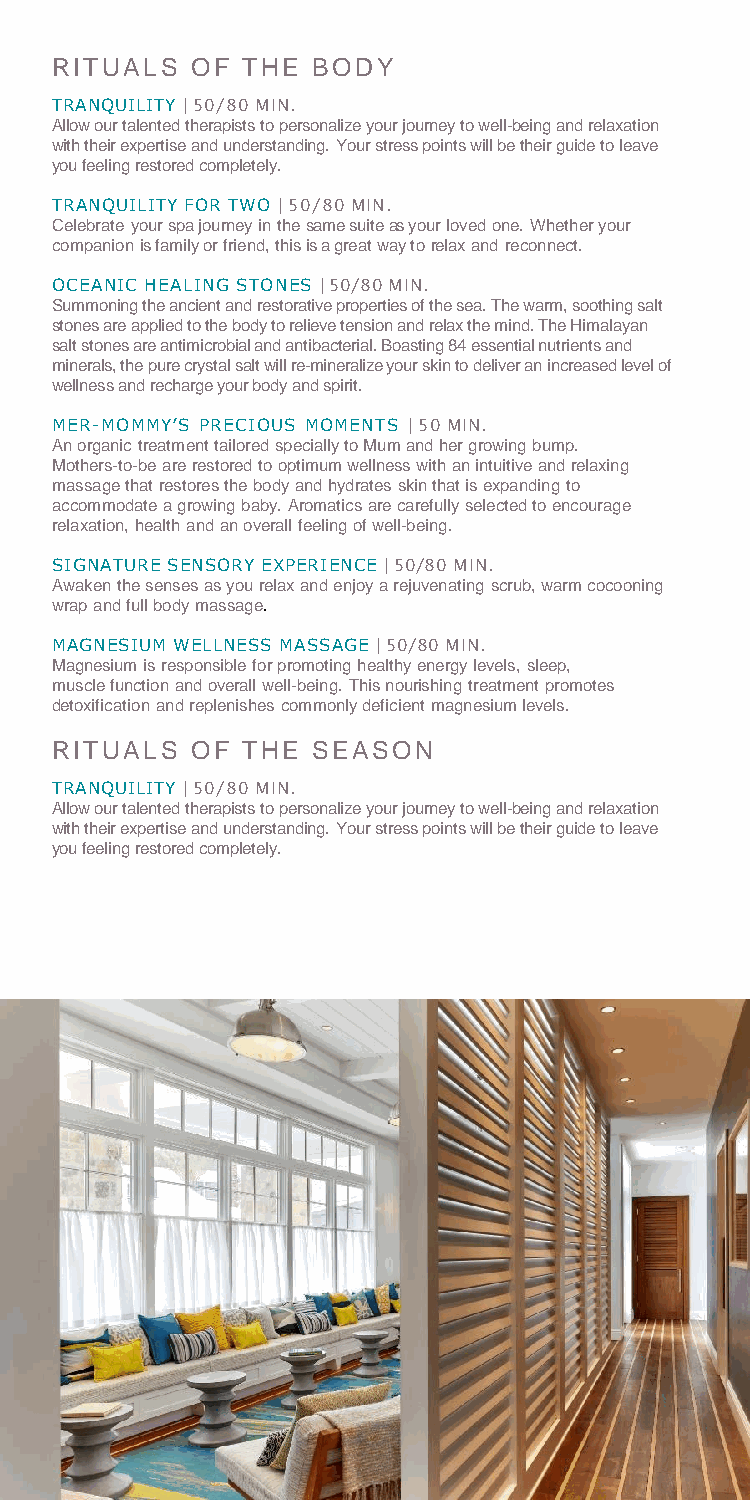
RITUALS   OF THE  BODY
 TRANQUILITY | 50/80 MIN.
 Allow our talented therapists to personalize your journey to well-being and relaxation
 with their expertise and understanding. Your stress points will be their guide to leave
 you feeling restored completely.
 TRANQUILITY FOR TWO | 50/80 MIN.
 Celebrate your spa journey in the same suite as your loved one. Whether your
 companion is family or friend, this is a great way to relax and reconnect.
 OCEANIC HEALING STONES | 50/80MIN.
 Summoning the ancient and restorative properties of the sea. The warm, soothing salt
 stones are applied to the body to relieve tension and relax the mind. The Himalayan
 salt stones are antimicrobial and antibacterial. Boasting 84 essential nutrients and
 minerals, the pure crystal salt will re-mineralize your skin to deliver an increased level of
 wellness and recharge your body and spirit.
 MER-MOMMY’S PRECIOUS MOMENTS | 50MIN.
 An organic treatment tailored specially to Mum and her growing bump.
 Mothers-to-be are restored to optimum wellness with an intuitive and relaxing
 massage that restores the body and hydrates skin that is expanding to
 accommodate a growing baby. Aromatics are carefully selected to encourage
 relaxation, health and an overall feeling of well-being.
 SIGNATURE SENSORY EXPERIENCE | 50/80 MIN.
 Awaken the senses as you relax and enjoy a rejuvenating scrub, warm cocooning
 wrap and full body massage.
 MAGNESIUM WELLNESS MASSAGE | 50/80MIN.
 Magnesium is responsible for promoting healthy energy levels, sleep,
 muscle function and overall well-being. This nourishing treatment promotes
 detoxification and replenishes commonly deficient magnesium levels.
 RITUALS   OF THE  SEASON
 TRANQUILITY | 50/80 MIN.
 Allow our talented therapists to personalize your journey to well-being and relaxation
 with their expertise and understanding. Your stress points will be their guide to leave
 you feeling restored completely.